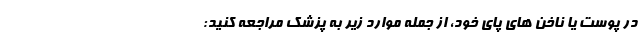
در پوست یا ناخن های پای خود، از جمله موارد زیر به پزشک مراجعه کنید: